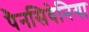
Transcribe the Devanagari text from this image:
पैनसिवेनिया